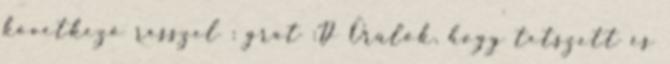
következő résszel : grat :D Örülök, hogy tetszett és